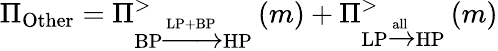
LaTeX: \Pi_{\textrm{Other}}=\Pi_{\textrm{BP}\xrightarrow{\textrm{LP+BP}}\textrm{HP}}^{>}\left(m\right)+\Pi_{\textrm{LP}\xrightarrow{\textrm{all}}\textrm{HP}}^{>}\left(m\right)